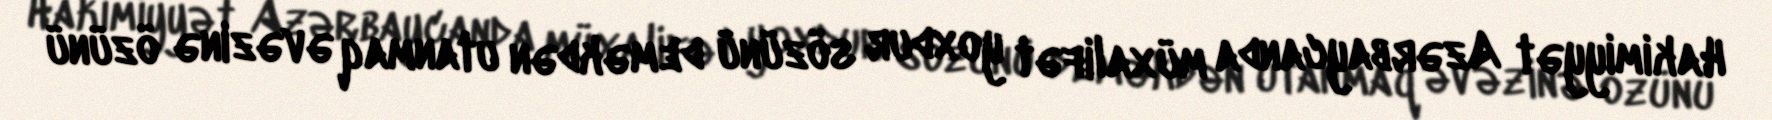
Hakimiyyət Azərbaycanda müxalifət yoxdur sözünü deməkdən utanmaq əvəzinə özünü